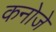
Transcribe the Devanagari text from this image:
कनोजे